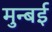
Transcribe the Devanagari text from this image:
मुन्बई